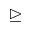
\trianglerighteq